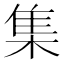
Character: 集